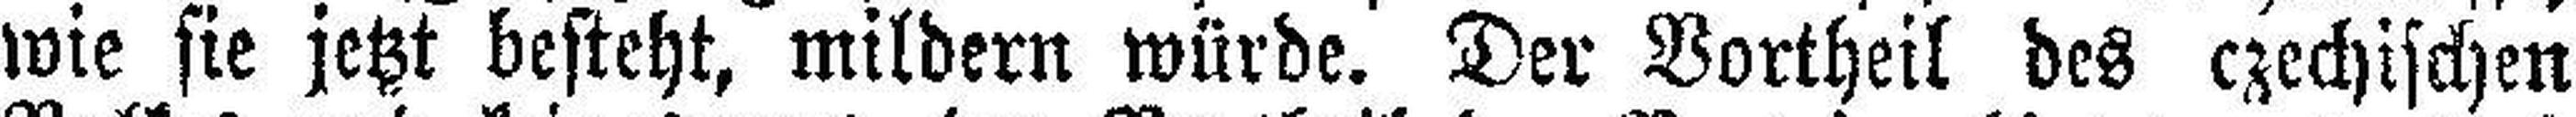
wie sie jetzt besteht, mildern würde. Der Vortheil des czechischen